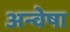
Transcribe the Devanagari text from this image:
अन्वेषा